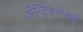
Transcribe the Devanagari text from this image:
ॲन्टिक्वार्क्स